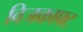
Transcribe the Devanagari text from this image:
विजक्राफ्ट